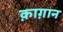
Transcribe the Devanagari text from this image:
क़ाग़ान